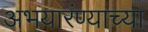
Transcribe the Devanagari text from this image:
अभयारंण्याच्या